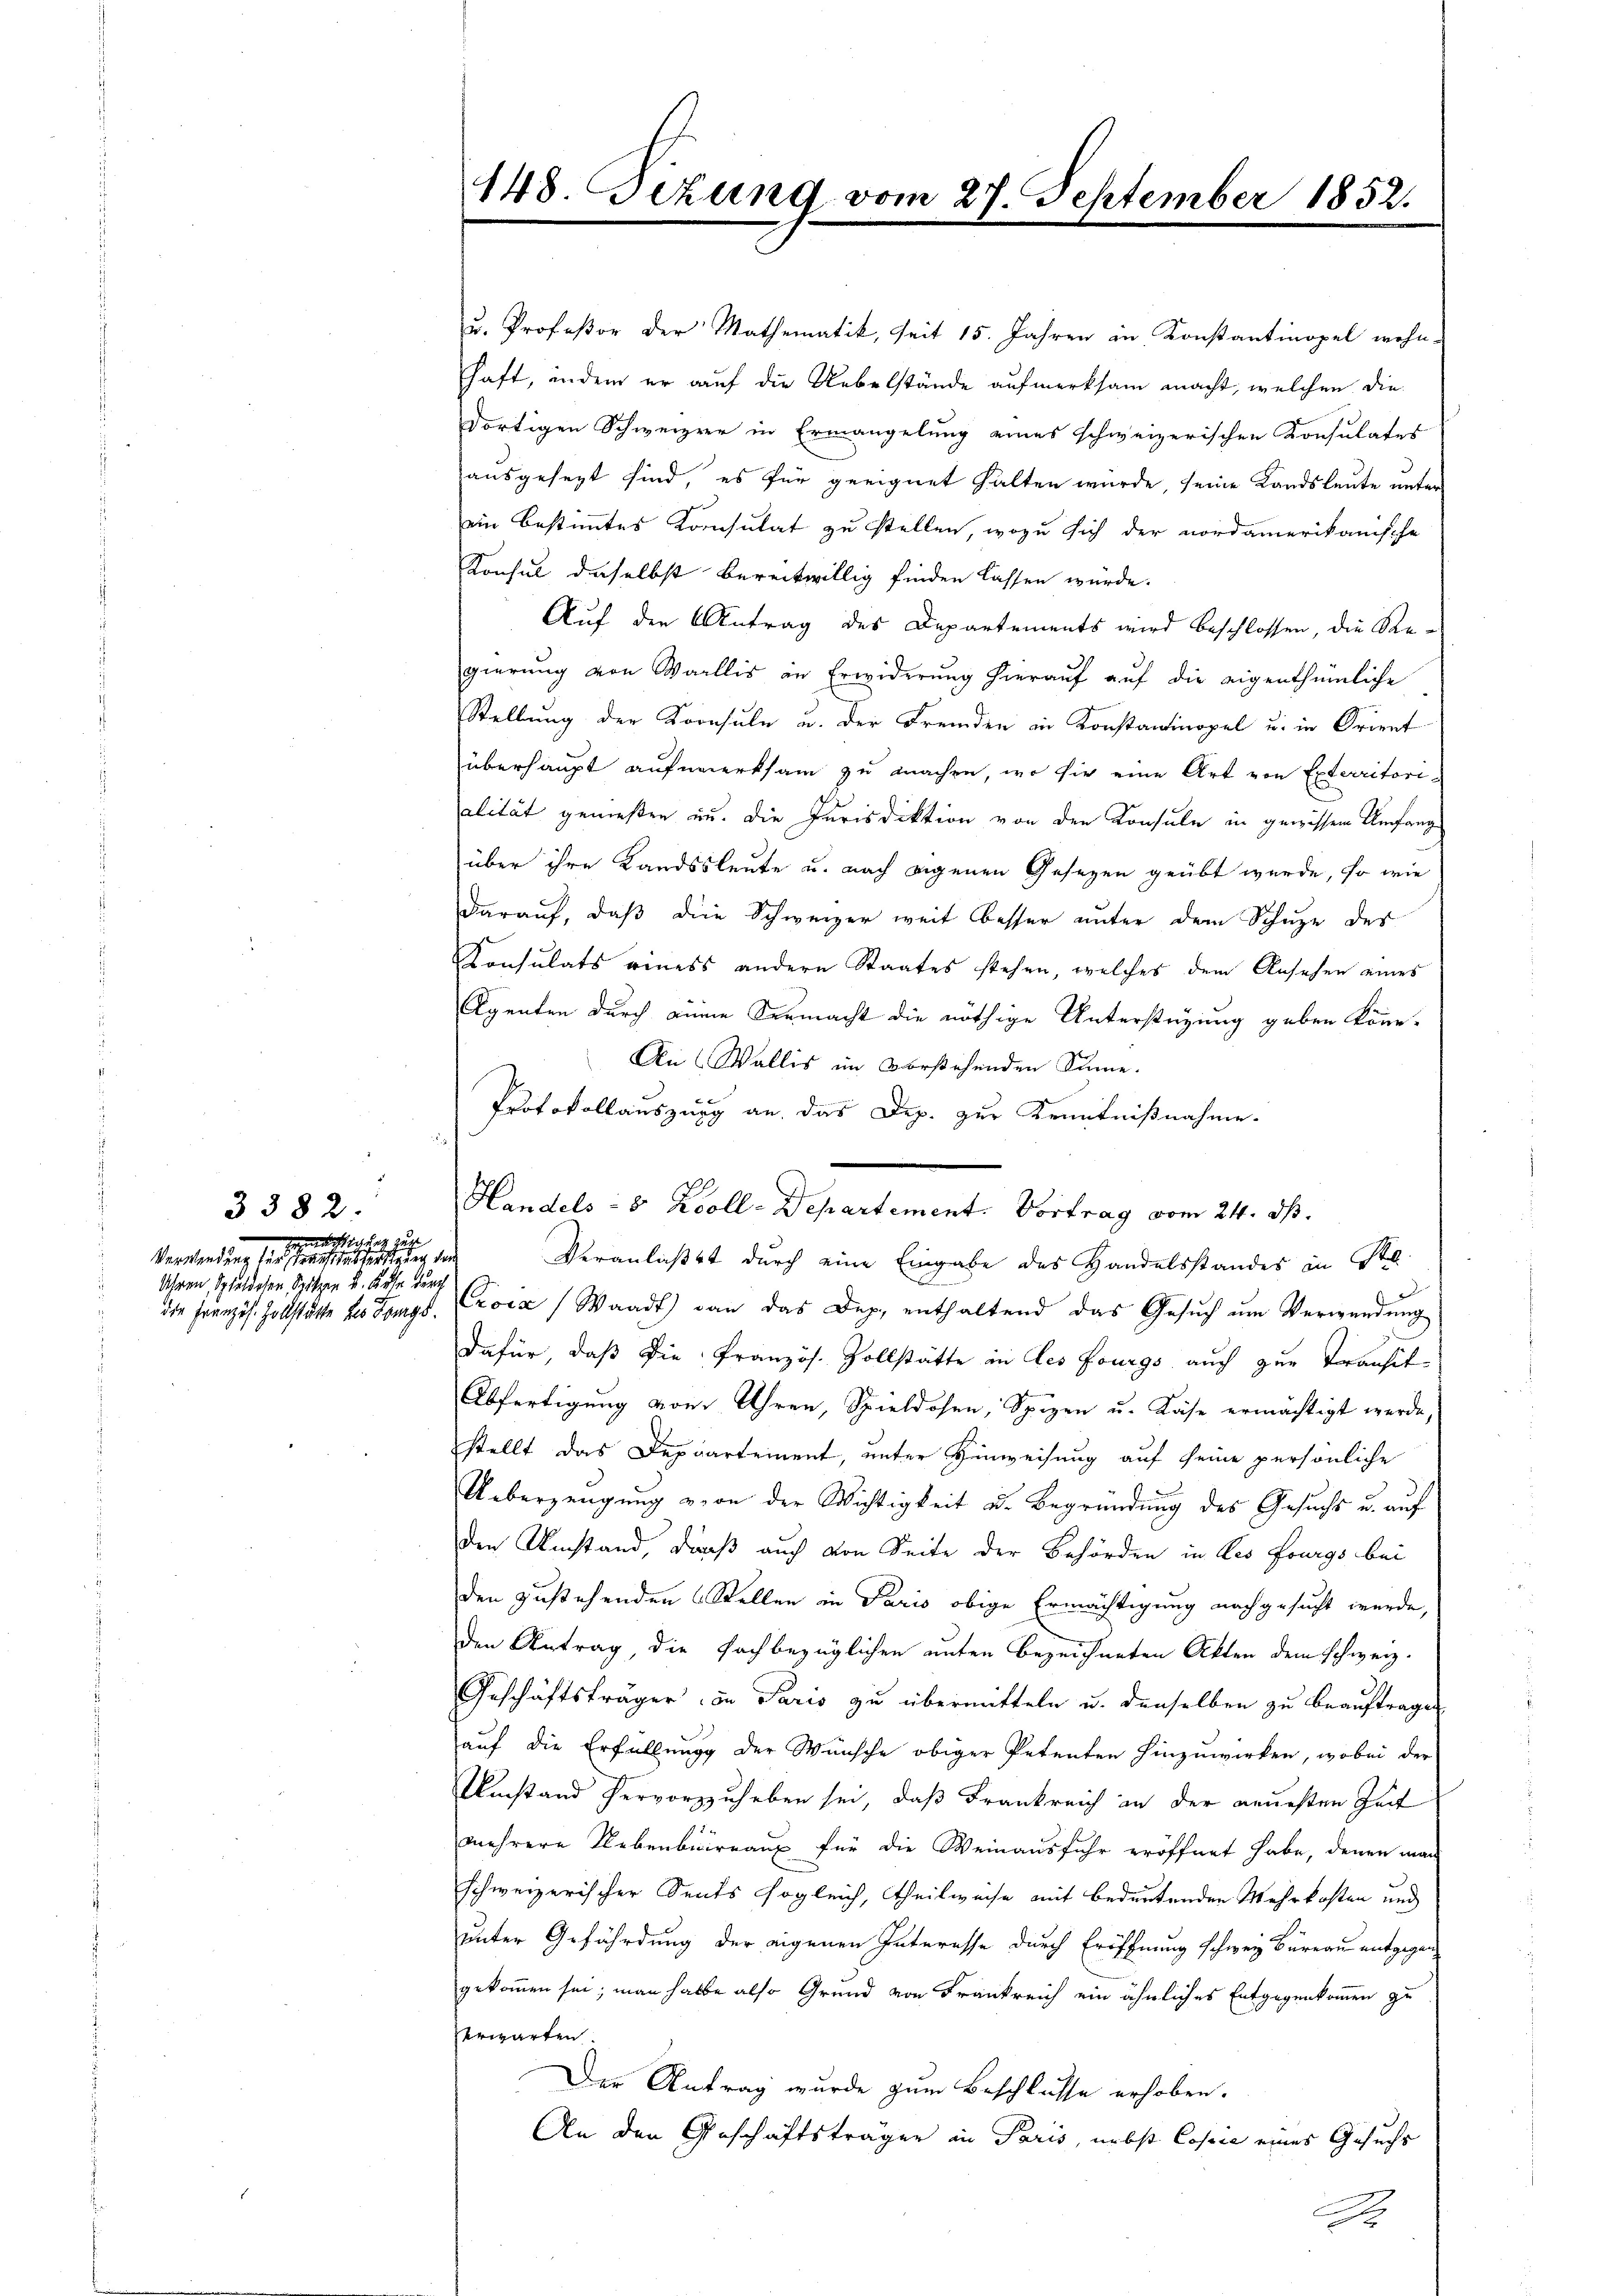
3382.
dechtigung zur
Verwendung seine eher einen ersten den
Uhren Schulden Spitzen u. Kur durch

148. Sizung vom 27. September 1852.

Protokollauszug an, das Dep. zur Kenntnißnahme.
Handels- 8 Zoll-Departement. Vortrag vom 24. ds.
Veranlaßt durch eine Eingabe des Handelsstandes in St

u. Profeßor der Mathematik, seit 15. Jahren in Konstantinopel wohn-
haft, indem er auf die Uebelstände aufmerksam macht, welchen die
dortigen Schweizer in Ermangelung eines schweizerischen Konsulates
ausgesezt sind, es für geeignet halten wurde, seine Landsleute unter
ein bestimmtes Konsulat zu stellen, wozu sich der nordamerikanische
Konsul daselbst bereitwillig finden lassen würde.
Auf den Antrag des Departements wird beschlossen, die Regierung von Wallis in Erwiderung hierauf auf die eigenthümliche
Stellung der Kronsule u. der Fremden in Konstantinopel u. in Orient
überhaupt aufmerksam zu machen, wo sie eine Art von Exterritori-
alität genießen zu. Die Jurisdiktion von den Konsuln in gewissem Umfang
über ihre Landsleute u. nach eigenen Gesezen geübt wurde, so wie
darauf, daβ die Schweizer weit besser unter dem Schuze des
Konsulats eines andern Staates stehen, welches dem Ansehen eines
Agenten durch einen Vermacht die nöthige Unterstüzung geben könne.
An (Wallis im vorstehenden Sinne.
die Französ. Zollstätte der Langs Croca (Waadt) von das Dep. enthaltend das Gesuch um Verwendung
dafür, daß die Französ. Vollstätte in les Fourgs auch zur Transit¬
Abfertigung von Uhren, Spieldosen, Spizen u. Käse ermächtigt werde,
stellt das Deppartement, unter Hinweisung auf seine persönliche
Ueberzeugung von der Wichtigkeit u. Begründung des Gesuchs u. auf
den Umstand, daß auch von Seite der Behörden in des Fourgs bei
den zustehenden Stellen in Paris obige Ermächtigung nachgesucht werde,
den Antrag, die fachbezüglichen unten bezeichneten Akten dem schweiz.
Geschäftsträger in Paris zu übermitteln u. denselben zu beauftragen
auf die Erfüllung der Wünsche obiger Petenten hinzuwirken, wobei der
Umstand hervorzuheben sei, daß Frankreich in der neuesten Zeit
mehrere Nebenbüreaux für die Weinausfuhr eröffnet habe, denen man
schweizerischer Sents sogleich, Theilweise mit bedeutenden Mehrkosten und
unter Gefährdung der eigenen Interesse durch Eröffnung schweiz Bureau entgegen
gekommen sei; man halbe also Grund von Frankreich ein ähnliches Entgegenkommen zu
verwarten.
Der Antrag wurde zum Beschlusse erhoben.
An den Geschäftsträgen in Paris, nebst Copie eines Gesuchs